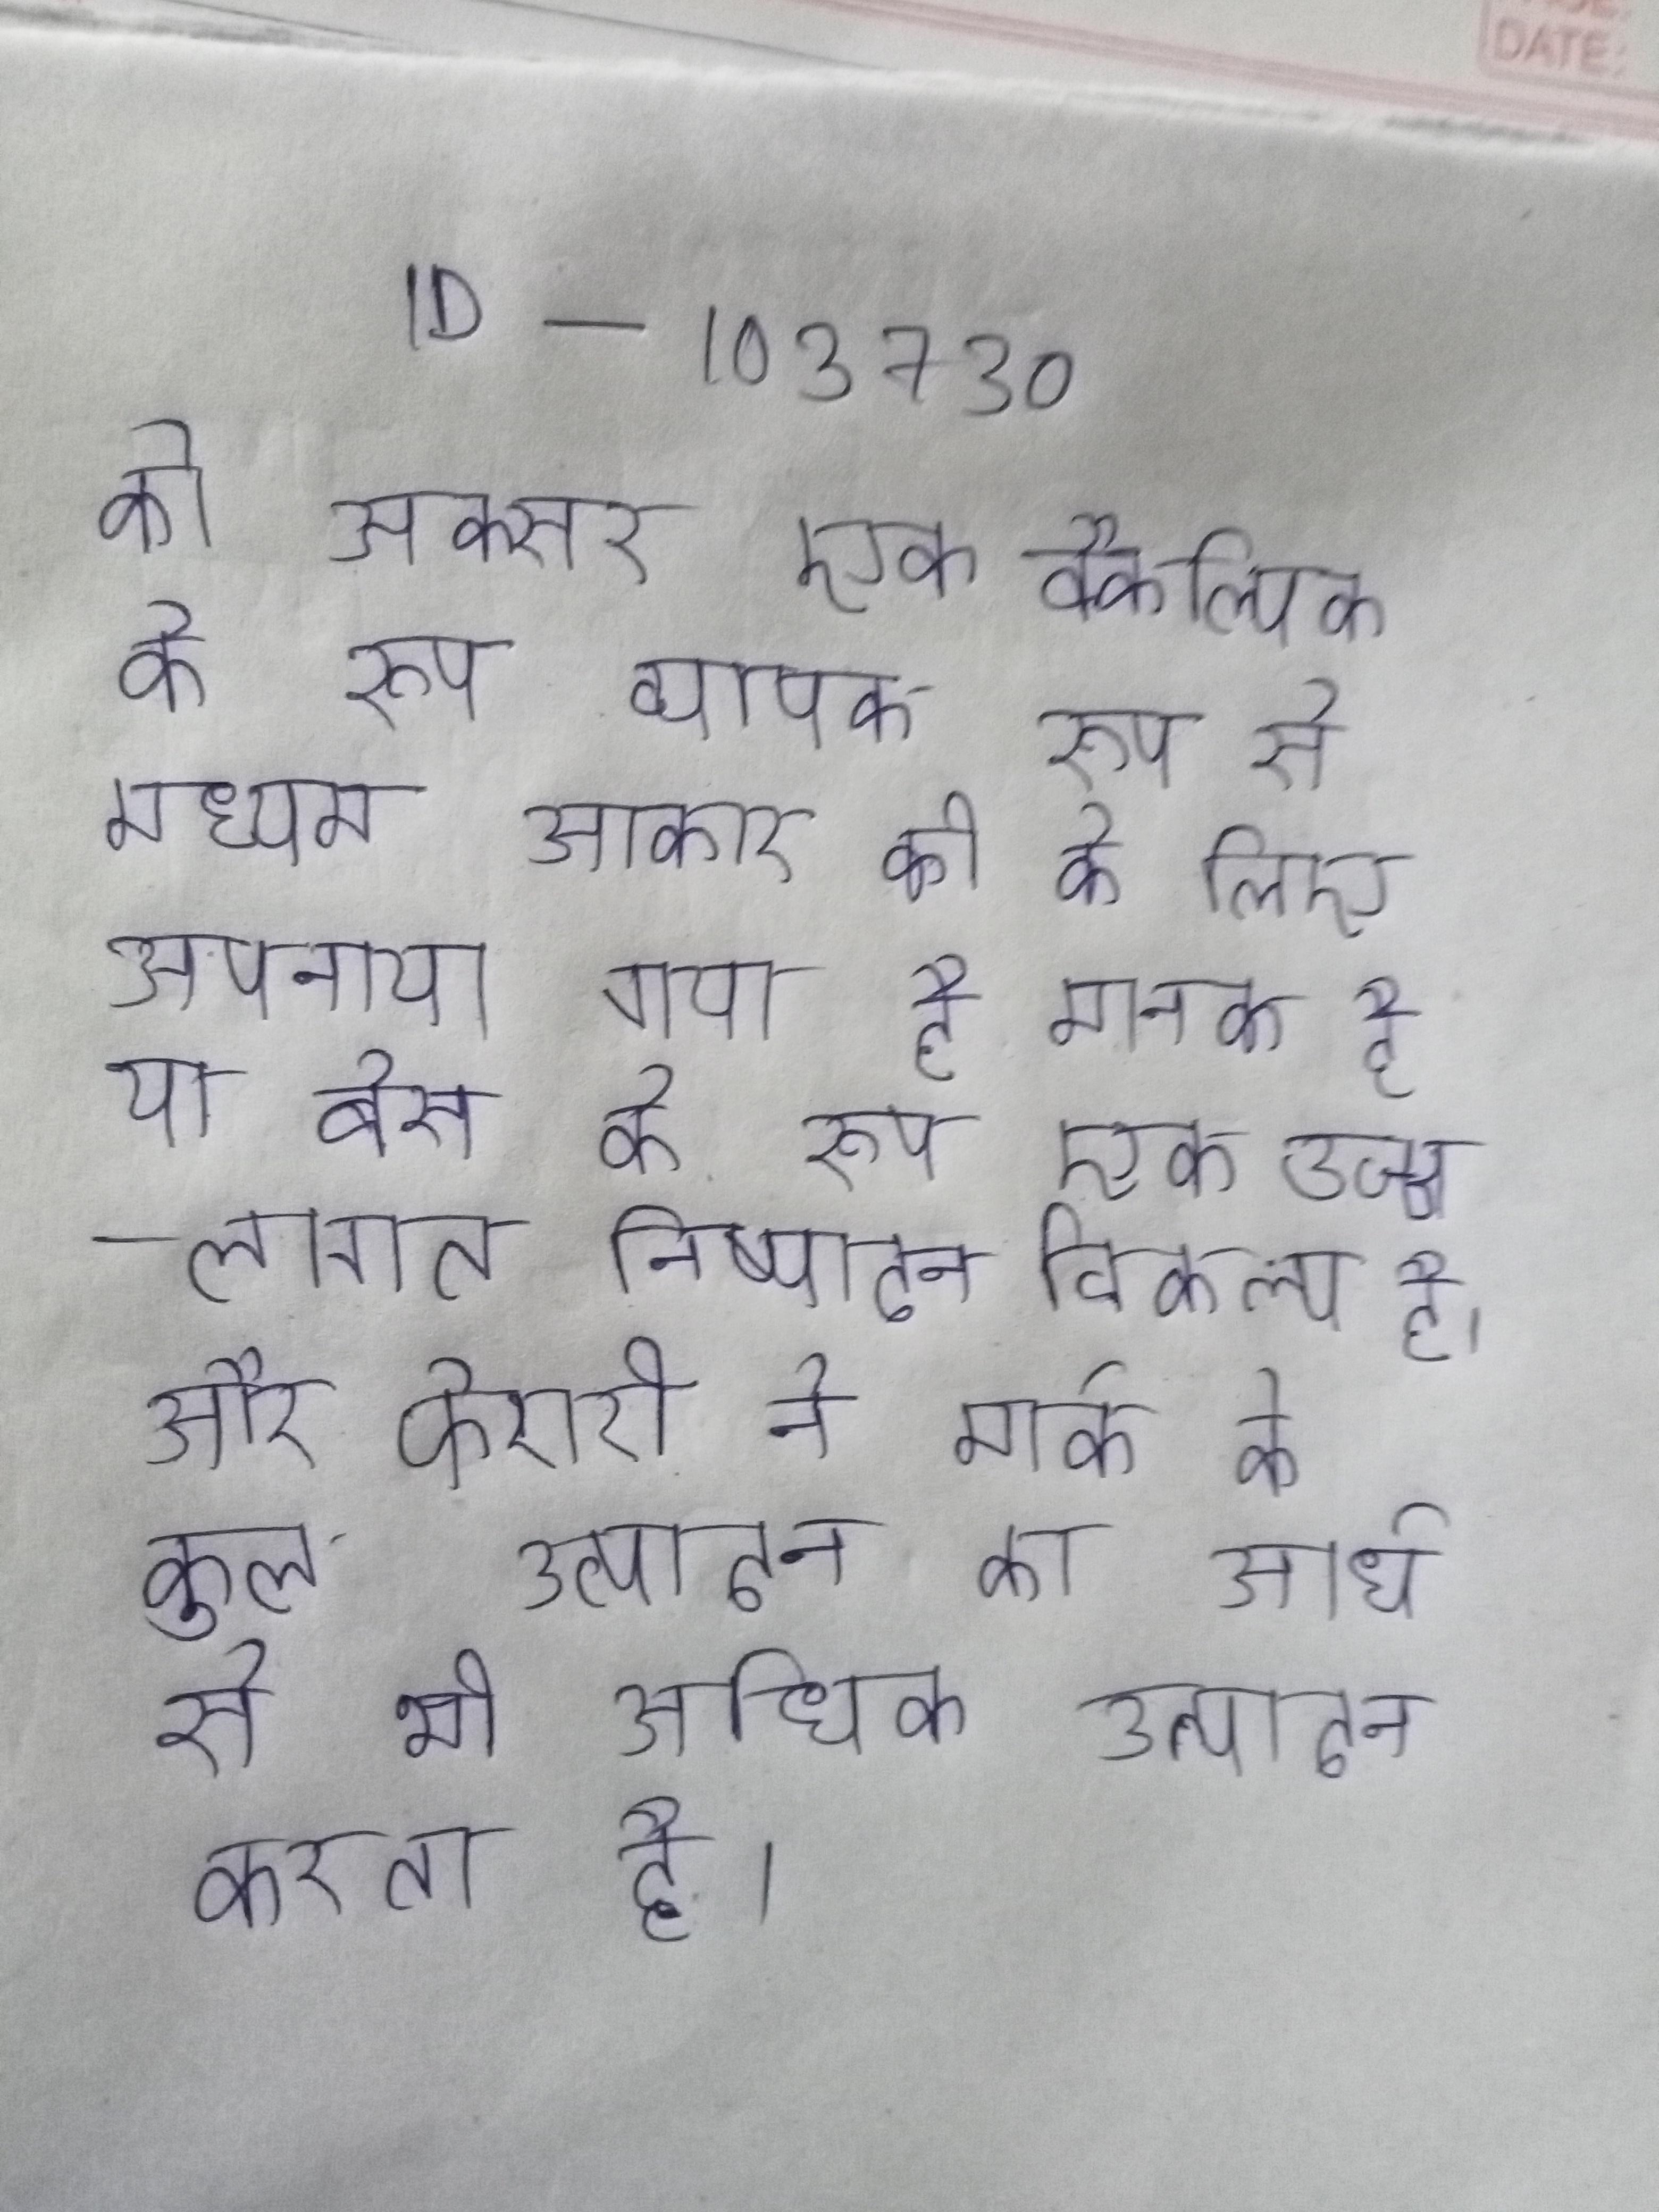
को अक्सर एक वैकल्पिक के रूप व्यापक रूप से मध्यम आकार की के लिए अपनाया गया है, मानक है, या बेस के रूप एक उच्च-लागत निष्पादन विकल्प है । और फेरारी ने मार्क के कुल उत्पादन का आधे से भी अधिक उत्पादन करता है ।